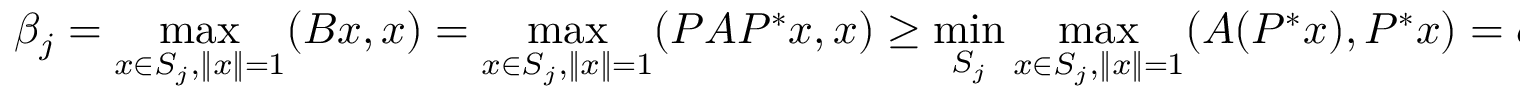
\beta _ { j } = \operatorname* { m a x } _ { x \in S _ { j } , \| x \| = 1 } ( B x , x ) = \operatorname* { m a x } _ { x \in S _ { j } , \| x \| = 1 } ( P A P ^ { * } x , x ) \geq \operatorname* { m i n } _ { S _ { j } } \operatorname* { m a x } _ { x \in S _ { j } , \| x \| = 1 } ( A ( P ^ { * } x ) , P ^ { * } x ) = \alpha _ { j } .